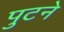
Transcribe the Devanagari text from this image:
पुटने